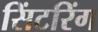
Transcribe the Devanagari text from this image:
सिंटरिंग